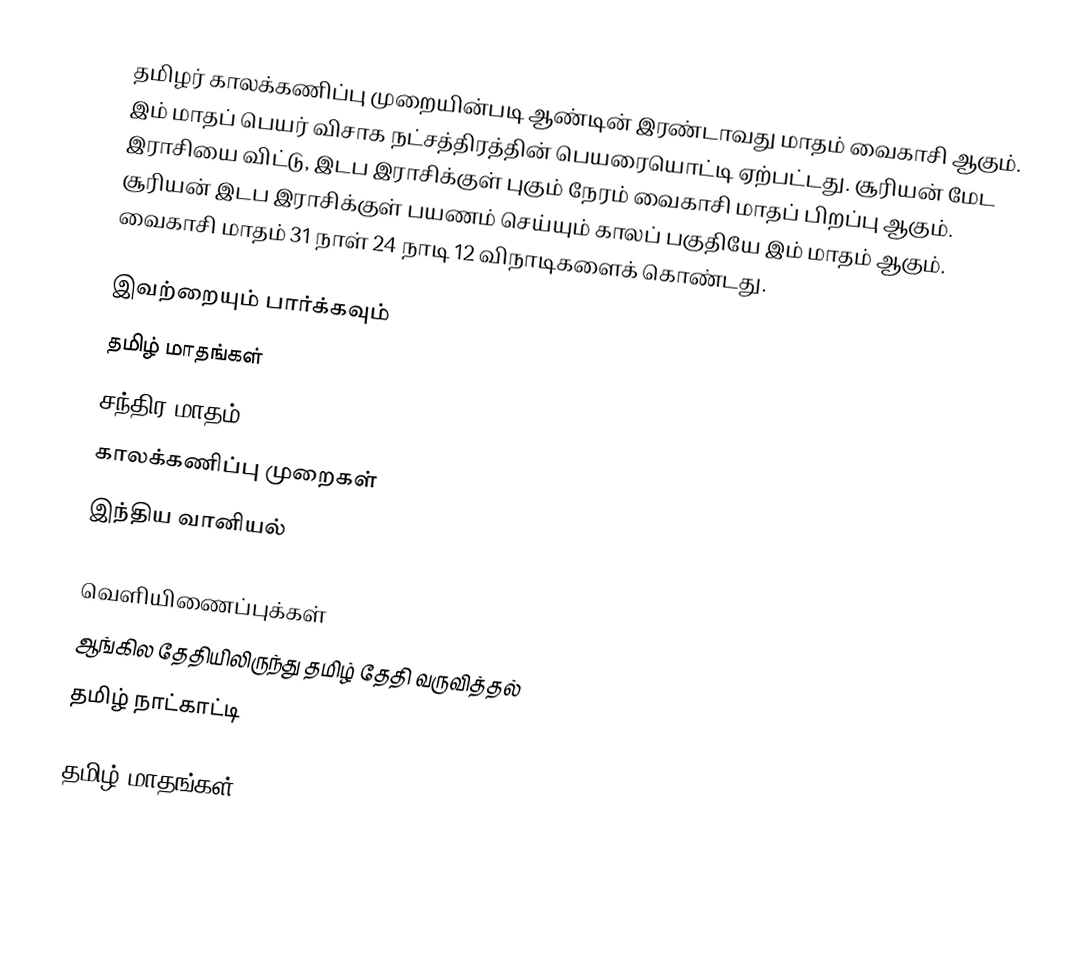
தமிழர் காலக்கணிப்பு முறையின்படி ஆண்டின் இரண்டாவது மாதம் வைகாசி ஆகும். இம் மாதப் பெயர் விசாக நட்சத்திரத்தின் பெயரையொட்டி ஏற்பட்டது. சூரியன் மேட இராசியை விட்டு, இடப இராசிக்குள் புகும் நேரம் வைகாசி மாதப் பிறப்பு ஆகும். சூரியன் இடப இராசிக்குள் பயணம் செய்யும் காலப் பகுதியே இம் மாதம் ஆகும். வைகாசி மாதம் 31 நாள் 24 நாடி 12 விநாடிகளைக் கொண்டது.

இவற்றையும் பார்க்கவும்
 தமிழ் மாதங்கள்
 சந்திர மாதம்
 காலக்கணிப்பு முறைகள்
 இந்திய வானியல்

வெளியிணைப்புக்கள்
ஆங்கில தேதியிலிருந்து தமிழ் தேதி வருவித்தல்
தமிழ் நாட்காட்டி

தமிழ் மாதங்கள்